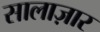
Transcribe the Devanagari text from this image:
सालाज़ार